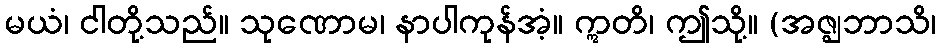
မယံ၊ ငါတို့သည်။ သုဏောမ၊ နာပါကုန်အံ့။ ဣတိ၊ ဤသို့။ (အဇ္ဈဘာသိ၊